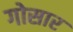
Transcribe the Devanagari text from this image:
गोसार